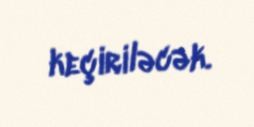
keçiriləcək.